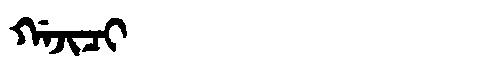
Manchu: ᡤᠠᠵᡳᠴᡳ
Romanization: GAJICI